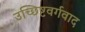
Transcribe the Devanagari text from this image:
उच्छिष्टवर्गवाद